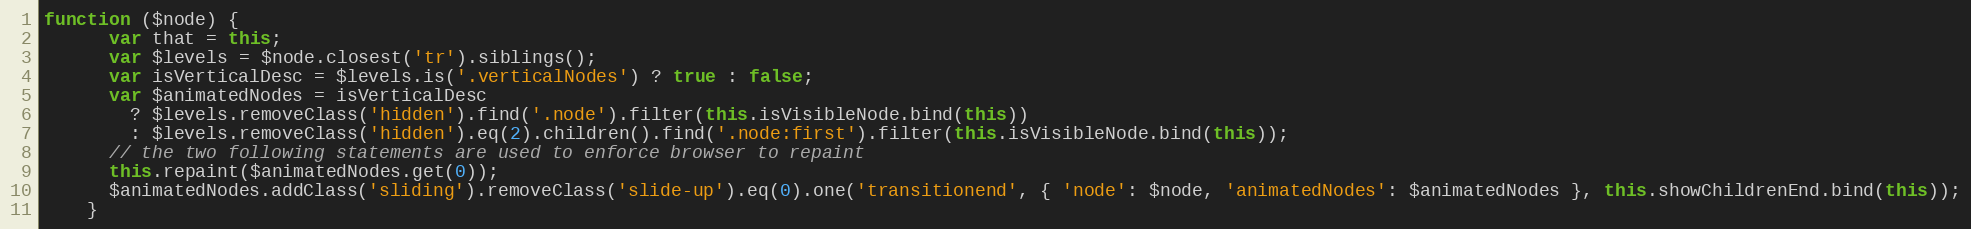
Language: JavaScript
function ($node) {
      var that = this;
      var $levels = $node.closest('tr').siblings();
      var isVerticalDesc = $levels.is('.verticalNodes') ? true : false;
      var $animatedNodes = isVerticalDesc
        ? $levels.removeClass('hidden').find('.node').filter(this.isVisibleNode.bind(this))
        : $levels.removeClass('hidden').eq(2).children().find('.node:first').filter(this.isVisibleNode.bind(this));
      // the two following statements are used to enforce browser to repaint
      this.repaint($animatedNodes.get(0));
      $animatedNodes.addClass('sliding').removeClass('slide-up').eq(0).one('transitionend', { 'node': $node, 'animatedNodes': $animatedNodes }, this.showChildrenEnd.bind(this));
    }